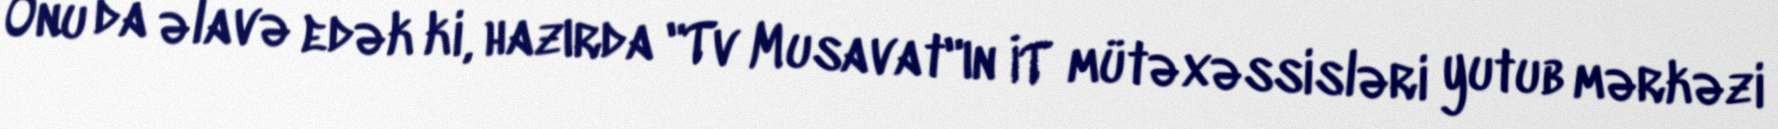
Onu da əlavə edək ki, hazırda "Tv Musavat"ın İT mütəxəssisləri yutub mərkəzi